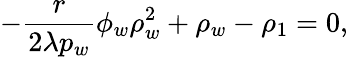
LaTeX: -\frac{r}{2\lambda p_{w}}\phi_{w}\rho_{w}^{2}+\rho_{w}-\rho_{1}=0,